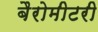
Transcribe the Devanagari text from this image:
बैरोमीटरी